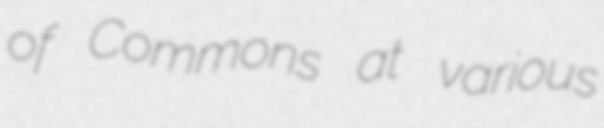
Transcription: of Commons at various